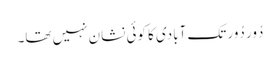
دُور دُور تک آبادی کا کوئی نشان نہیں تھا۔